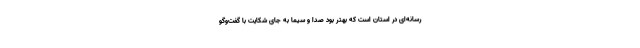
رسانه‌ای در استان است که بهتر بود صدا و سیما به جای شکایت با گفت‌و‌گو